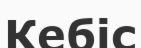
Кебіс